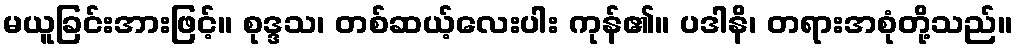
မယူခြင်းအားဖြင့်။ စုဒ္ဒသ၊ တစ်ဆယ့်လေးပါး ကုန်၏။ ပဒါနိ၊ တရားအစုံတို့သည်။